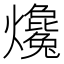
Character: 𤒰